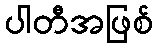
ပါတီအဖြစ်